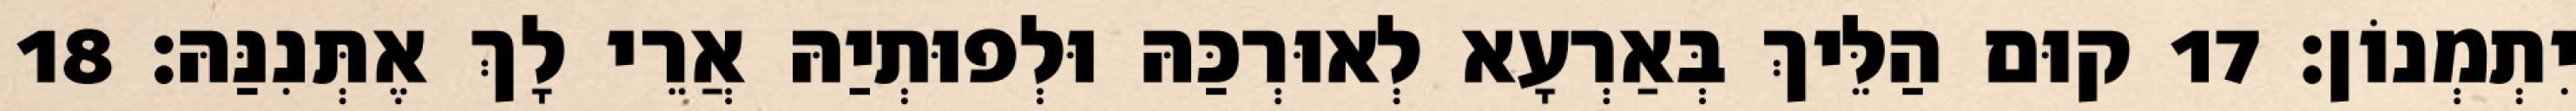
יִתְמְנוֹן׃ 17 קוּם הַלֵּיךְ בְּאַרְעָא לְאוּרְכַּהּ וּלְפוּתְיַהּ אֲרֵי לָךְ אֶתְּנִנַּהּ׃ 18